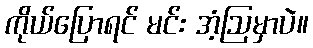
ကိုယ်ပြောရင် မင်း အံ့ဩမှာပဲ။